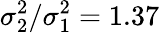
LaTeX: \sigma_{2}^{2}/\sigma_{1}^{2}=1.37